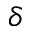
\delta